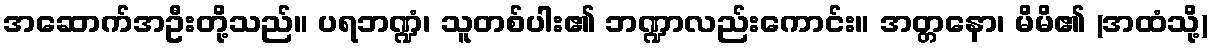
အဆောက်အဦးတို့သည်။ ပရဘဏ္ဍံ၊ သူတစ်ပါး၏ ဘဏ္ဍာလည်းကောင်း။ အတ္တနော၊ မိမိ၏ (အထံသို့)